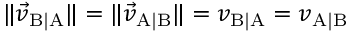
\| { \vec { v } } _ { \mathrm { B | A } } \| = \| { \vec { v } } _ { \mathrm { A | B } } \| = v _ { \mathrm { B | A } } = v _ { \mathrm { A | B } }